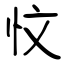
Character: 忟